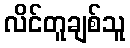
လိင်တူချစ်သူ